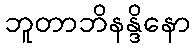
ဘူတာဘိနန္ဒိနော